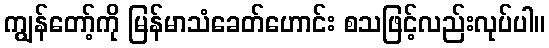
ကျွန်တော့်ကို မြန်မာသံခေတ်ဟောင်း စသဖြင့်လည်းလုပ်ပါ။